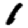
Digit: 1